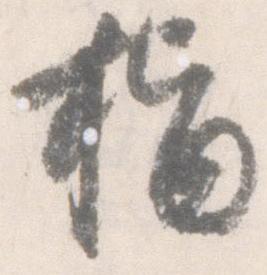
指